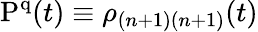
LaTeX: \mathrm{P^{q}}(t)\equiv\rho_{(n+1)(n+1)}(t)